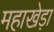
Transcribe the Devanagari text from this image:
महाखेड़ा